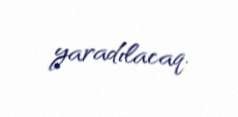
yaradılacaq.